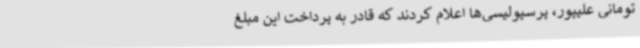
تومانی علیپور، پرسپولیسی‌ها اعلام کردند که قادر به پرداخت این مبلغ